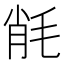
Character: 㲖